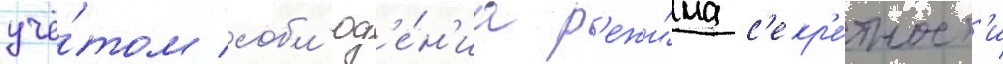
учё́том собл'юд'е́н'иа р'ежи́ма с'екр'е́тност'и